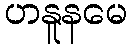
ဟနူနမေ